Report of the Indian Hemp Drugs Commission, 1894-1895 - Volume VI
Year: 1894
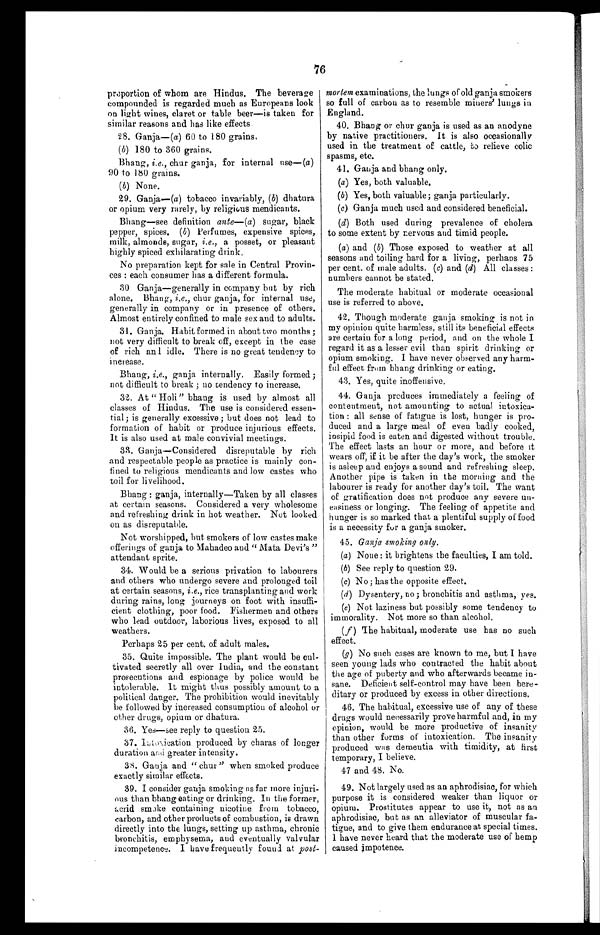
76
proportion of whom are Hindus. The beverage
compounded is regarded much as Europeans look
on light wines, claret or table beer—is taken for
similar reasons and has like effects.
Ganja—( a) 60 t o 180 gr ai ns.
(b) 180 to 360 grains.
Bhang, i.e. , chur ganja, for internal use—( a )
90 to 180 grains.
(b) None.
29. Ganja—( a ) tobacco invariably, (b) dhatura
or opium very rarely, by religious mendicants.
Bhang—see definition ante—(a) sugar, black
pepper, spices. (b) Perfumes, expensive spices,
milk, almonds, sugar, i.e. , a posset, or pleasant
highly spiced exhilarating drink.
No preparation kept for sale in Central Provin-
ces : each consumer has a different formula.
30 Ganja—generally in company but by rich
alone. Bhang, i.e. , chur ganja, for internal use,
generally in company or in presence of others.
Almost entirely confined to male sex and to adults.
31. Ganja. Habit formed in about two months ;
not very difficult to break off, except in the case
of rich and idle. There is no great tendency to
increase.
Bhang, i.e. , ganja internally. Easily formed ;
not difficult to break; no tendency to increase.
32. At " Holi " bhang is used by almost all
classes of Hindus. The use is considered essen-
tial ; is generally excessive ; but does not lead to
formation of habit or produce injurious effects.
It is also used at male convivial meetings.
33. Ganja—Considered disreputable by rich
and respectable people as practice is mainly con-
fined to religious mendicants and low castes who
toil for livelihood.
Bhang : ganja, internally—Taken by all classes
at certain seasons. Considered a very wholesome
and refreshing drink in hot weather. Not looked
on as disreputable.
Not worshipped, but smokers of low castes make
offerings of ganja to Mahadeo and " Mata Devi's "
attendant sprite.
34. Would be a serious privation to labourers
and others who undergo severe and prolonged toil
at certain seasons, i.e., rice transplanting and work
during rains, long journeys on foot with insuffi-
cient clothing, poor food. Fishermen and others
who lead outdoor, laborious lives, exposed to all
weathers.
Perhaps 25 per cent. of adult males.
35. Quite impossible. The plant would be cul-
tivated secretly all over India, and the constant
prosecutions and espionage by police would be
intolerable. It might thus possibly amount to a
political danger. The prohibition would inevitably
be followed by increased consumption of alcohol or
other drugs, opium or dhatura.
36. Yes—see reply to question 25.
37.
Intoxication produced by charas of longer
duration and greater intensity.
38. Ganja and " chur" when smoked produce
exactly similar effects.
39. I consider ganja smoking as far more injuri-
ous than bhang eating or drinking. In the former,
acrid smoke containing nicotine from tobacco,
carbon, and other products of combustion, is drawn
directly into the lungs, setting up asthma, chronic
bronchitis, emphysema, and eventually valvular
incompetence. I have frequently found at post-
mortem examinations, the lungs of old ganja smokers
so full of carbon as to resemble miners' lungs in
England.
40. Bhang or chur ganja is used as an anodyne
by native practitioners. It is also occasionally
used in the treatment of cattle, to relieve colic
spasms, etc.
41. Ganja and bhang only.
(a) Yes, both valuable.
(b) Yes, both valuable; ganja particularly.
(c) Ganja much used and considered beneficial.
(d) Both used during prevalence of cholera
to some extent by nervous and timid people.
(a) and (b) Those exposed to weather at all
seasons and toiling hard for a living, perhaps 75
per cent. of male adults. (c) and (d) All classes :
numbers cannot be stated.
The moderate habitual or moderate occasional
use is referred to above.
42. Though moderate ganja smoking is not in
my opinion quite harmless, still its beneficial effects
are certain for a long period, and on the whole I
regard it as a lesser evil than spirit drinking or
opium smoking. I have never observed any harm-
ful effect from bhang drinking or eating.
43. Yes, quite inoffensive.
44. Ganja produces immediately a feeling of
contentment, not amounting to actual intoxica-
tion : all sense of fatigue is lost, hunger is pro-
duced and a large meal of even badly cooked,
insipid food is eaten and digested without trouble.
The effect lasts an hour or more, and before it
wears off, if it be after the day's work, the smoker
is asleep and enjoys a sound and refreshing sleep.
Another pipe is taken in the morning and the
labourer is ready for another day's toil. The want
of gratification does not produce any severe un-
easiness or longing. The feeling of appetite and
hunger is so marked that a plentiful supply of food
is a necessity for a ganja smoker.
45. Ganja smoking only.
(a) None : it brightens the faculties, I am told.
(b) See reply to question 29.
(c) No; has the opposite effect.
(d) Dysentery, no ; bronchitis and asthma, yes.
(e) Not laziness but possibly some tendency to
immorality. Not more so than alcohol.
(f) The habitual, moderate use has no such
effect.
(g) No such cases are known to me, but I have
seen young lads who contracted the habit about
the age of puberty and who afterwards became in-
sane. Deficient self-control may have been here-
ditary or produced by excess in other directions.
46. The habitual, excessive use of any of these
drugs would necessarily prove harmful and, in my
opinion, would be more productive of insanity
than other forms of intoxication. The insanity
produced was dementia with timidity, at first
temporary, I believe.
47 and 48. No.
49. Not largely used as an aphrodisiac, for which
purpose it is considered weaker than liquor or
opium. Prostitutes appear to use it, not as an
aphrodisiac, but as an alleviator of muscular fa-
tigue, and to give them endurance at special times.
I have never heard that the moderate use of hemp
caused impotence.